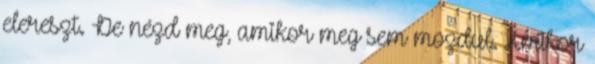
elereszt. De nézd meg, amikor meg sem mozdul. Amikor